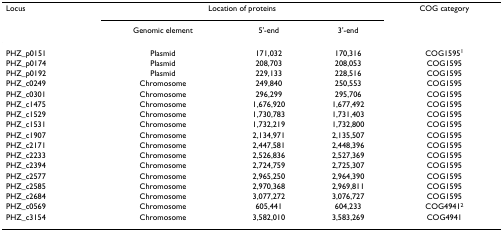
| Locus | <COLSPAN=3> Location of proteins | COG category |
 |  | Genomic element | 5'-end | 3'-end |  |
 | --- | --- | --- | --- | --- |
 | PHZ_p0151 | Plasmid | 171,032 | 170,316 | COG15951 |
 | PHZ_p0174 | Plasmid | 208,703 | 208,053 | COG1595 |
 | PHZ_p0192 | Plasmid | 229,133 | 228,516 | COG1595 |
 | PHZ_c0249 | Chromosome | 249,840 | 250,553 | COG1595 |
 | PHZ_c0301 | Chromosome | 296,299 | 295,706 | COG1595 |
 | PHZ_c1475 | Chromosome | 1,676,920 | 1,677,492 | COG1595 |
 | PHZ_c1529 | Chromosome | 1,730,783 | 1,731,403 | COG1595 |
 | PHZ_c1531 | Chromosome | 1,732,219 | 1,732,800 | COG1595 |
 | PHZ_c1907 | Chromosome | 2,134,971 | 2,135,507 | COG1595 |
 | PHZ_c2171 | Chromosome | 2,447,581 | 2,448,396 | COG1595 |
 | PHZ_c2233 | Chromosome | 2,526,836 | 2,527,369 | COG1595 |
 | PHZ_c2394 | Chromosome | 2,724,759 | 2,725,307 | COG1595 |
 | PHZ_c2577 | Chromosome | 2,965,250 | 2,964,390 | COG1595 |
 | PHZ_c2585 | Chromosome | 2,970,368 | 2,969,811 | COG1595 |
 | PHZ_c2684 | Chromosome | 3,077,272 | 3,076,727 | COG1595 |
 | PHZ_c0569 | Chromosome | 605,441 | 604,233 | COG49412 |
 | PHZ_c3154 | Chromosome | 3,582,010 | 3,583,269 | COG4941 |